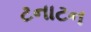
ટનાટન